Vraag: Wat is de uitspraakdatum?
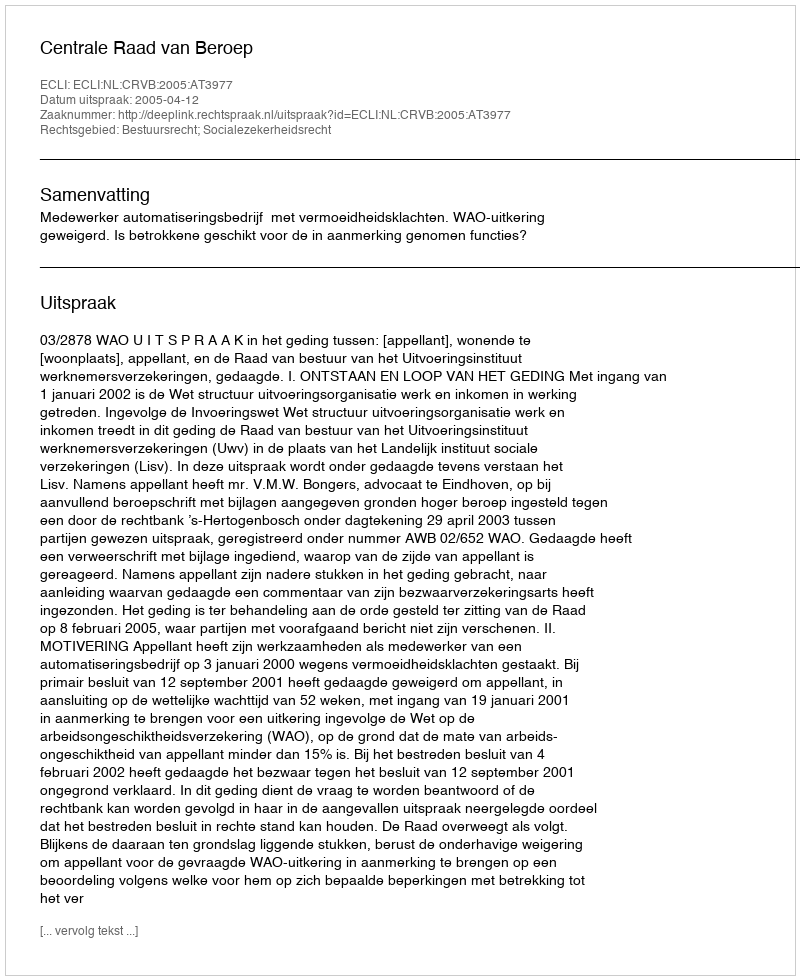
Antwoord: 2005-04-12